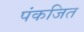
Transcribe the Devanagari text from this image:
पंकजित